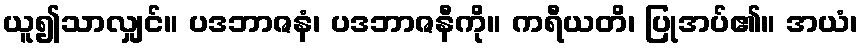
ယူ၍သာလျှင်။ ပဒဘာဇနံ၊ ပဒဘာဇနီကို။ ကရီယတိ၊ ပြုအပ်၏။ အယံ၊